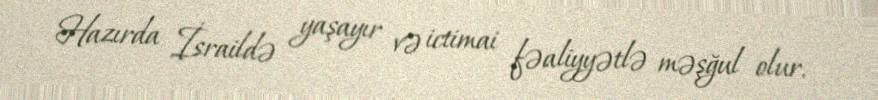
Hazırda İsraildə yaşayır və ictimai fəaliyyətlə məşğul olur.